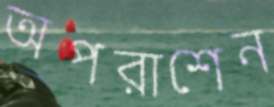
অপরাশেন